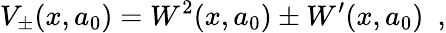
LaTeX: V_{\pm}(x,a_{0})=W^{2}(x,a_{0})\pm W^{\prime}(x,a_{0})~~,